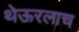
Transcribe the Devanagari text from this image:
थेऊरलाच